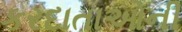
કરદાતાઓની